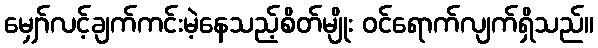
မျှော်လင့်ချက်ကင်းမဲ့နေသည့်စိတ်မျိုး ဝင်ရောက်လျက်ရှိသည်။